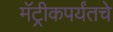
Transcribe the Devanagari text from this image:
मॅट्रीकपर्यंतचे